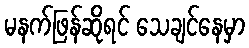
မနက်ဖြန်ဆိုရင် သေချင်နေမှာ